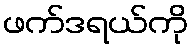
ဖက်ဒရယ်ကို